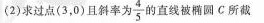
(2)求过点(3，0)且斜率为 \frac{4}{5}的直线被椭圆C所截